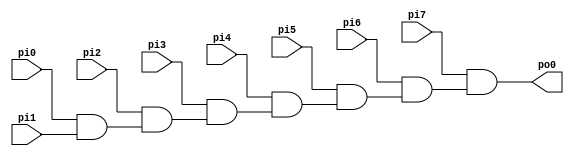
module LogicModule ( 
    pi0, pi1, pi2, pi3, pi4, pi5, pi6, pi7,
    po0 );
  input  pi0, pi1, pi2, pi3, pi4, pi5, pi6, pi7;
  output po0;
  wire n0,n1,n2,n3,n4,n5;
  assign n0 = pi0 & pi1;
  assign n1 = pi2 & n0;
  assign n2 = pi3 & n1;
  assign n3 = pi4 & n2;
  assign n4 = pi5 & n3;
  assign n5 = pi6 & n4;
  assign po0 = pi7 & n5;

endmodule